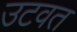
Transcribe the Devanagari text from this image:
उटवत